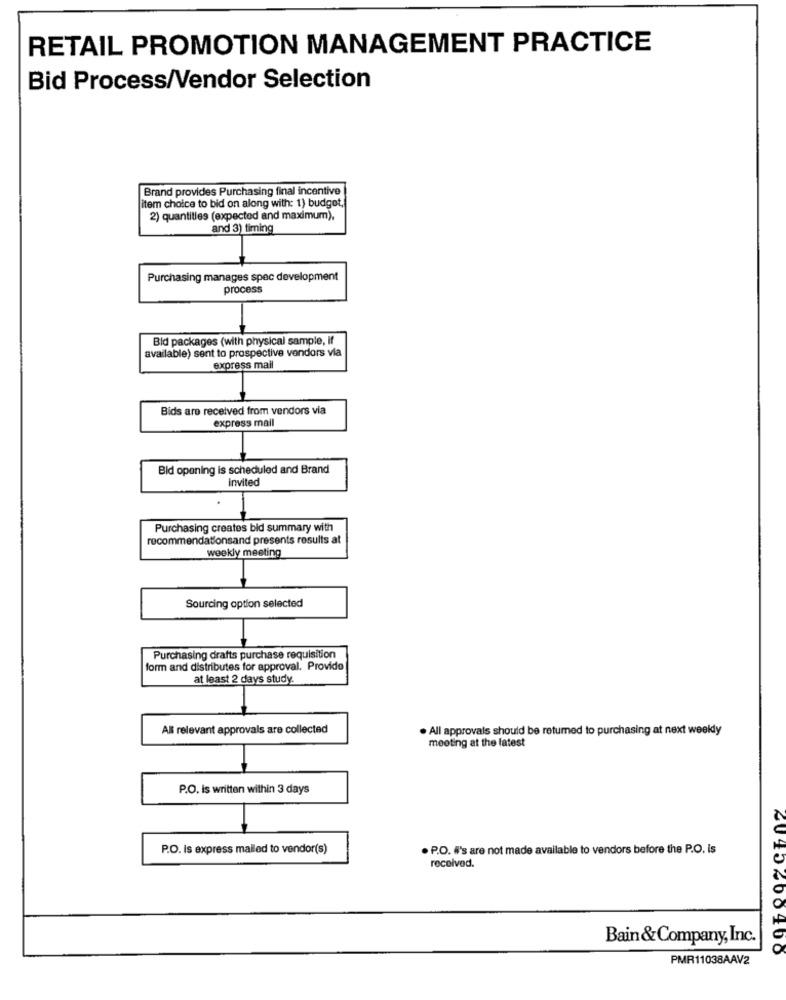
RETAIL PROMOTION MANAGEMENT PRACTICE
Bid Process/Vendor Selection
Brand provides Purchasing final incentive
item choice to bid on along with: 1) budget,
2) quantities (expected and maximum),
and 3) timing
Purchasing manages spec development
process
Bid packages (with physical sample, if
available) sent to prospective vendors via
express mail
Bids are received from vendors via
express mail
Bid opening is scheduled and Brand
invited
Purchasing creates bid summary with
recommendationsand presents results at
weekly meeting
Sourcing option selected
at least 2 days study
All relevant approvals are collected
. All approvals should be returned to purchasing at next weekdy
meeting at the latest
P.O. Is written within 3 days
P.O. Is express malled to vendor(s)
P.O. #'s are not made available to vendors before the P.O. is
received.
Bain& Company, Inc.
PMR11038AAV2
6045 200400